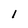
Character: 1